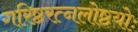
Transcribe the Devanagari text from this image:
गरिष्ठरत्नलोष्ठयोः